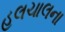
હલચાલના